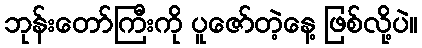
ဘုန်းတော်ကြီးကို ပူဇော်တဲ့နေ့ ဖြစ်လို့ပဲ။